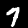
Label: 7